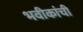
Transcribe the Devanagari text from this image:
भवीकांची